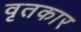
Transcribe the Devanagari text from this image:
वृतकार